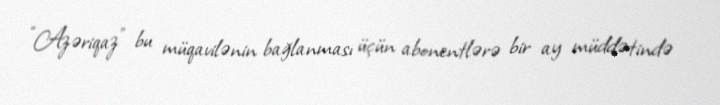
“Azəriqaz” bu müqavilənin bağlanması üçün abonentlərə bir ay müddətində